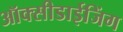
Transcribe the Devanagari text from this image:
ऑक्सीडाईजिंग